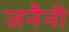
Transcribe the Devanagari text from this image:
जनैनी